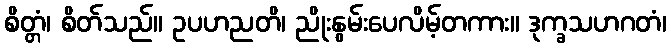
စိတ္တံ၊ စိတ်သည်။ ဥပဟညတိ၊ ညိုးနွမ်းပေလိမ့်တကား။ ဒုက္ခသဟဂတံ၊